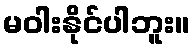
မဝါးနိုင်ပါဘူး။